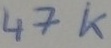
Text: 47K